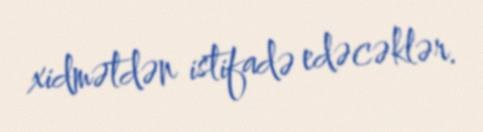
xidmətdən istifadə edəcəklər.